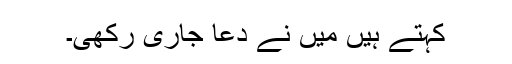
کہتے ہیں مَیں نے دعا جاری رکھی۔